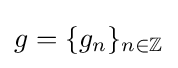
g=\{g_{n}\}_{n\in \mathbb {Z} }